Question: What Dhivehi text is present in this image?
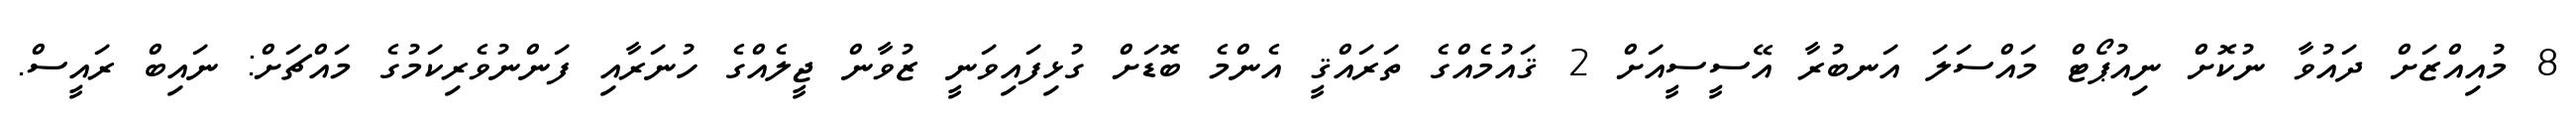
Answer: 8 މުއިއްޒަށް ދައުވާ ނުކޮށް ނިއުޕޯޓް މައްސަލަ އަނބުރާ އޭސީސީއަށް 2 ޤައުމެއްގެ ތަރައްޤީ އެންމެ ބޮޑަށް ގުޅިފައިވަނީ ޒުވާން ޖީލެއްގެ ހުނަރާއި ފަންނުވެރިކަމުގެ މައްޗަށް: ނައިބް ރައީސް.